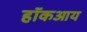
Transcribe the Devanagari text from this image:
हॉकआय